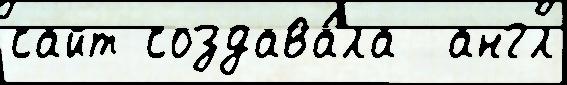
сайт создава́ла  англ